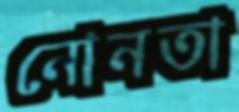
নোনতা